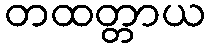
တထတ္တာယ